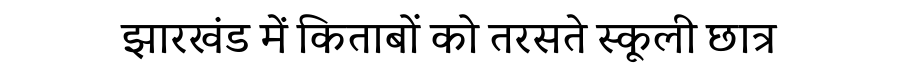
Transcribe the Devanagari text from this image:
झारखंड में किताबों को तरसते स्कूली छात्र